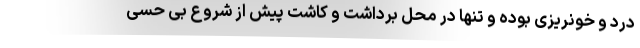
درد و خونریزی بوده و تنها در محل برداشت و کاشت پیش از شروع بی حسی